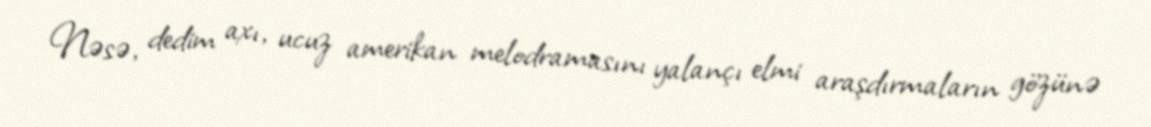
Nəsə, dedim axı, ucuz amerikan melodramasını yalançı elmi araşdırmaların gözünə